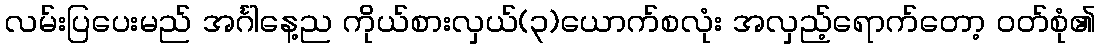
လမ်းပြပေးမည် အင်္ဂါနေ့ည ကိုယ်စားလှယ်(၃)ယောက်စလုံး အလှည့်ရောက်တော့ ဝတ်စုံ၏